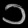
Digit: ၁